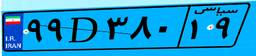
۹۹D۳۸۰۱۹